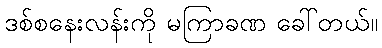
ဒစ်စနေးလန်းကို မကြာခဏ ခေါ်တယ်။